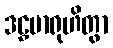
ဒဠှမာရုဟိတွာ